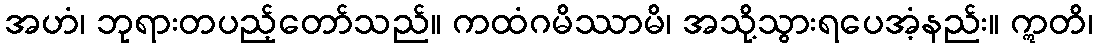
အဟံ၊ ဘုရားတပည့်တော်သည်။ ကထံဂမိဿာမိ၊ အသို့သွားရပေအံ့နည်း။ ဣတိ၊